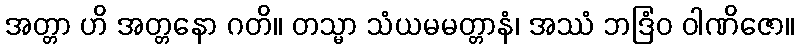
အတ္တာ ဟိ အတ္တနော ဂတိ။ တသ္မာ သံယမမတ္တာနံ၊ အဿံ ဘဒြံဝ ဝါဏိဇော။